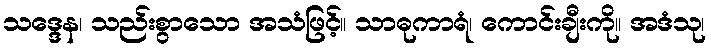
သဒ္ဒေန၊ သည်းစွာသော အသံဖြင့်။ သာဓုကာရံ၊ ကောင်းချီးကို။ အဒံသု၊